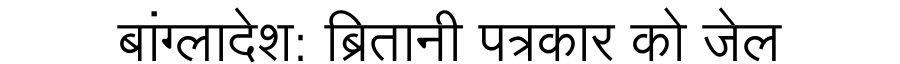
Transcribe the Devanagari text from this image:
बांग्लादेश: ब्रितानी पत्रकार को जेल